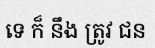
ទេ ក៏ នឹង ត្រូវ ជន